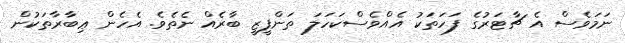
ނަމަވެސް އެ ޗާޓަރުގެ ފަހަތަކު އެއްވެސްކަހަލަ ތަންފީޒީ ބާރެއް ނެތެވެ. އެހެން ޢިބާރާތަކުން